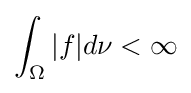
\int _{\Omega }|f|d\nu <\infty